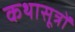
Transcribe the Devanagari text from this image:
कथासूत्रों